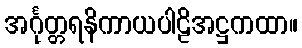
အင်္ဂုတ္တရနိကာယပါဠိအဋ္ဌကထာ။